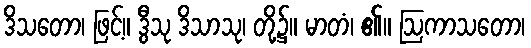
ဒိသတော၊ ဖြင့်။ ဒွီသု ဒိသာသု၊ တို့၌။ မာတံ၊ ၏။ ဩကာသတော၊